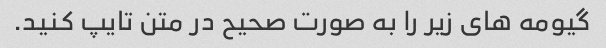
گیومه های زیر را به صورت صحیح در متن تایپ کنید.